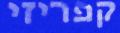
קפריזי